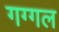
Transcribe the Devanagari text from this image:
गग्‍गल